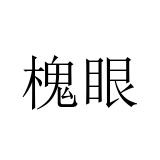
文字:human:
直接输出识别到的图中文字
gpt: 槐眼